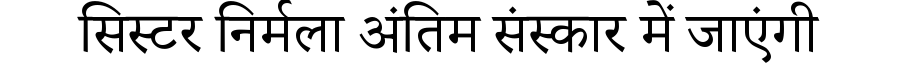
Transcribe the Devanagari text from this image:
सिस्टर निर्मला अंतिम संस्कार में जाएंगी